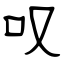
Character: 叹